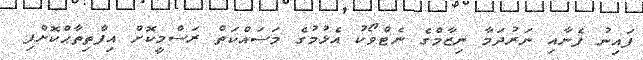
ފައިނު ފެނާއި ނަރުދަމާ ނިޒާމްގެ ނެޓްވޯކު އެޅުމުގެ މަސައްކަތް ރަސްމީކޮށް އިފްތިތާޙްކޮށްފި